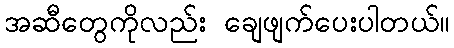
အဆီတွေကိုလည်း ချေဖျက်ပေးပါတယ်။